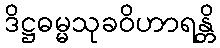
ဒိဋ္ဌဓမ္မသုခဝိဟာရန္တိ